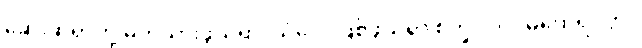
ဆေးဆရာတို့ မှတ်သားဖွယ်ရာ၊ သံဝေဂဖြစ်ဖွယ်ရာ စက္ခုပါလ မထေရ်ဝတ္ထု၊